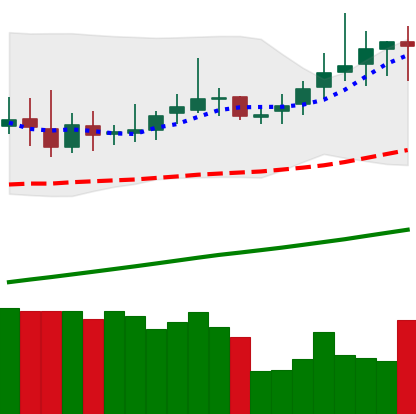
Ticker: DOGE-USD
Chart end date: 2019-06-26
Forward return: -4.173%
Label: down_3_5